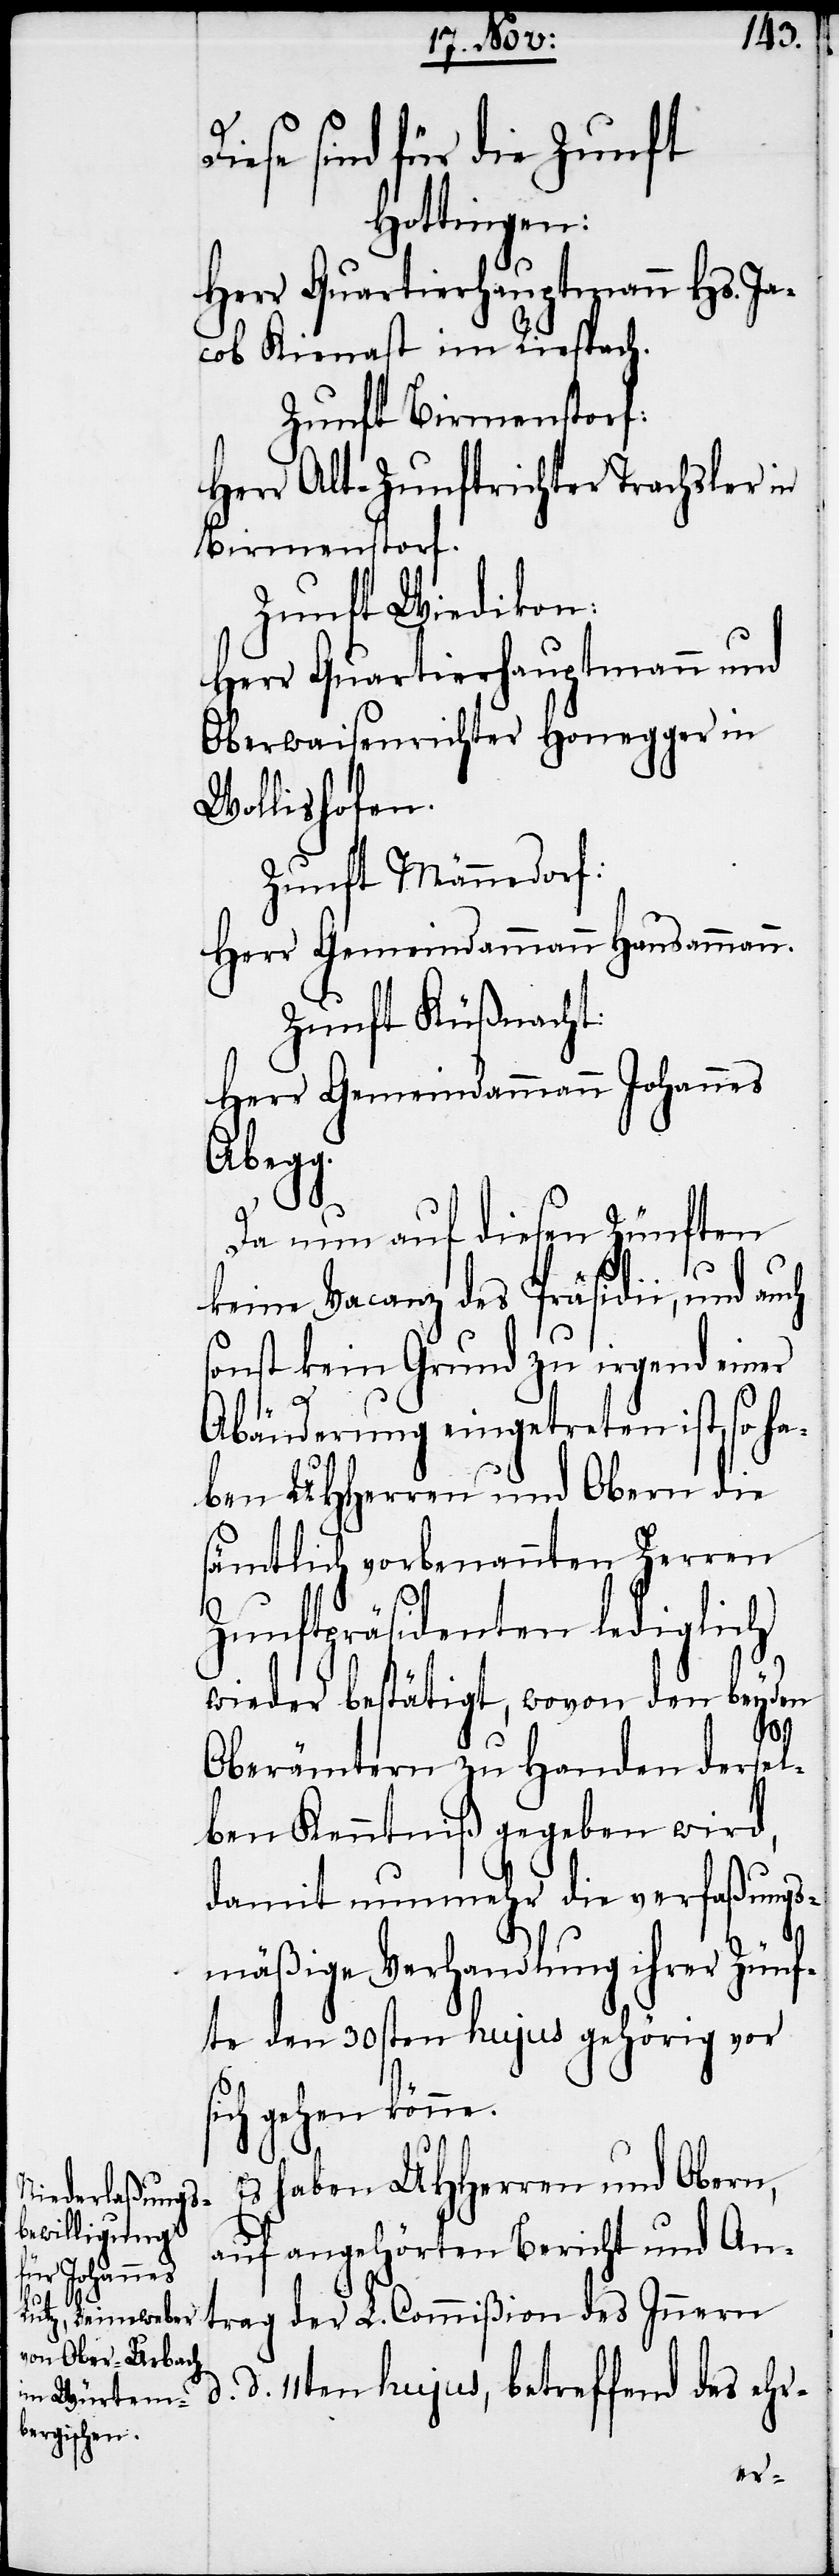
iese sind für die Zunft
Hottingen:
Herr Quartierhauptmann Hs. Ja¬
cob Kienast im Riespach.
Zunft Birmenstorf:
Herr Alt-Zunftrichter Trachsler in
Birmenstorf.
Zunft Wiedikon:
Herr Quartierhauptmann und
Oberwaisenrichter Honegger in
Wollishofen.
Zunft Männedorf:
Herr Gemeindammann Hausammann.
Zunft Küßnacht:
Herr Gemeindammann Johannes
Abeg¬
Da nun auf diesen Zünften
keine Vacanz des Präsidii, und
sonst kein Grund zu irgend einer
Abänderung eingetreten ist, so ha¬
ben UHHerren und Obern die
sämtlich vorbenannten Zerren
Zunftpräsidenten lediglich
wieder bestätigt, wovon den beyden
s¬
Oberämtern zu Handen dersel¬
ben Kenntniß gegeben wird,
damit nunmehr die verfaßungs¬
mäßige Verhandlung ihrer Zünf¬
te den 30sten hujus gehörig vor
ich gehen könne.
Es haben UHHerren und Obern,
auf angehörten Bericht und An¬
trag der L. Commißion des Innern
d. 11ten hujus, betreffend das ehr-
D¬